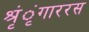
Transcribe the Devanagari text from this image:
श्रृंृंगाररस